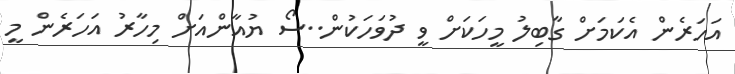
އަހަރެން އެކަމަށް ގާބިލު މީހަކަށް ވީ ދުވަހަކުން..ސޯ ޔުއާންއަށް މިހާރު އަހަރެން މީ